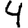
Digit: 4